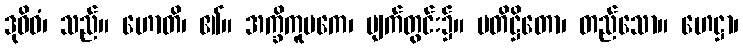
ဒုဝိဓံ၊ သည်။ ဟောတိ၊ ၏။ အက္ခိကူပကေ၊ မျက်တွင်း၌။ ပတိဋ္ဌိတော၊ တည်သော။ ဟေဋ္ဌာ၊